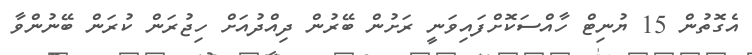
އެގޮތުން 15 ޔުނިޓް ހާއްސަކޮށްފައިވަނީ ރަށުން ބޭރުން ދިއްދުއަށް ހިޖުރަން ކުރަން ބޭނުންވާ